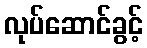
လုပ်ဆောင်ခွင့်